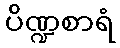
ပိဏ္ဍစာရံ